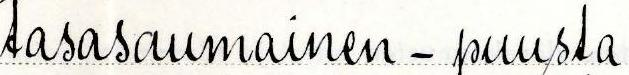
tasasaumainen - puusta